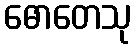
ဓောတေသု